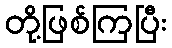
တို့ဖြစ်ကြပြီး